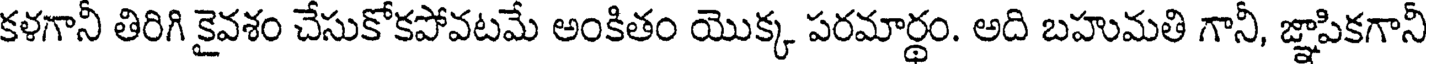
కళగానీ తిరిగి కైవశం చేసుకోకపోవటమే అంకితం యొక్క పరమార్థం. అది బహుమతి గానీ, జ్ఞాపికగానీ